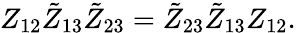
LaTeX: Z_{12}\tilde{Z}_{13}\tilde{Z}_{23}=\tilde{Z}_{23}\tilde{Z}_{13}Z_{12}.